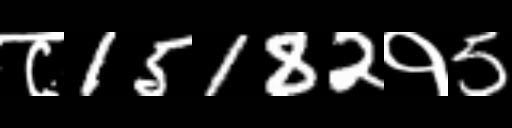
Text: ८15182१5